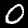
Digit: 0